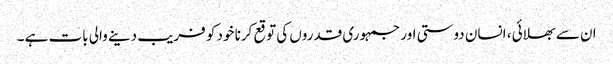
ان سے بھلائی ، انسان دوستی اور جمہوری قدروں کی توقع کرنا خود کو فریب دینے والی بات ہے ۔